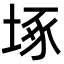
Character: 㙇